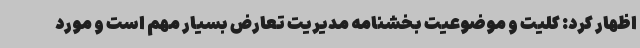
اظهار کرد: کلیت و موضوعیت بخشنامه مدیریت تعارض بسیار مهم است و مورد